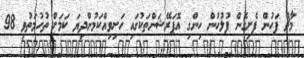
މާޗް ފަހުން ފެށިގެން ފުލުހުން ހިންގި އޮޕަރޭޝަންތަކުގައި ހަށިވިއްކަމުންދިޔަ ކަމަށް ތުހުމަތުވި 98